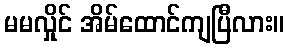
မမလှိုင် အိမ်ထောင်ကျပြီလား။